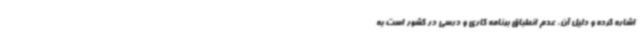
اشاره کرده و دلیل آن، عدم انطباق برنامه‌ کاری و درسی در کشور است به